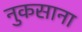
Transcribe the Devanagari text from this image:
नुकसाना